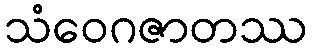
သံဝေဂဇာတဿ